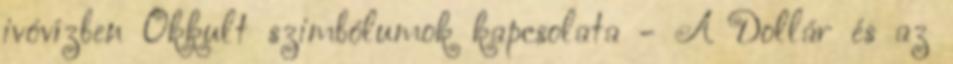
ivóvízben Okkult szimbólumok kapcsolata - A Dollár és az